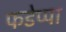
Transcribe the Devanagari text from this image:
फडेप्पा